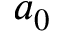
a _ { 0 }